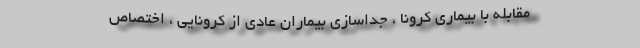
مقابله با بیماری کرونا ، جداسازی بیماران عادی از کرونایی ، اختصاص